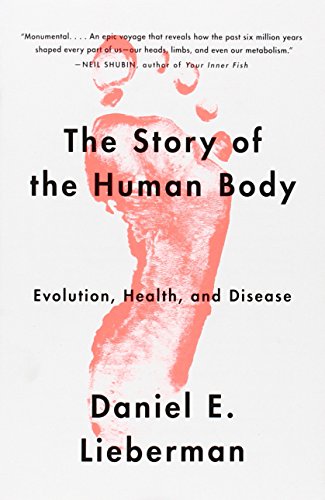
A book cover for The Story of the Human Body: Evolution, Health, and Disease; Daniel Lieberman; Science & Math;